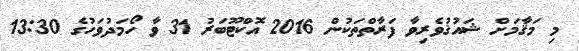
މި މަޤާމަށް ޝައުޤުވެރިވާ ފަރާތްތަކުން 2016 އޮކްޓޫބަރު 31 ވާ ހޯމަދުވަހުގެ 13:30